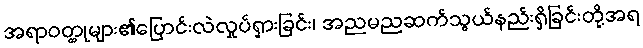
အရာဝတ္ထုများ၏ပြောင်းလဲလှုပ်ရှားခြင်း၊ အညမညဆက်သွယ်နည်းရှိခြင်းတို့အရ